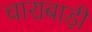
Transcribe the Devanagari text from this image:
चाराबाड़ी